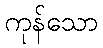
ကုန်သော